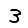
Digit: 3